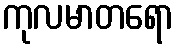
ကုလမာတရော